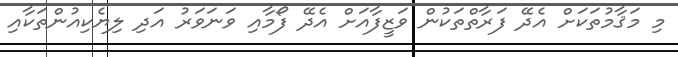
މި މަޤާމުތަކަށް އެދޭ ފަރާތްތަކުން ވަޒީފާއަށް އެދޭ ފޯމާއި ވަނަވަރު އަދި ލިޔެކިއުންތަކާއި